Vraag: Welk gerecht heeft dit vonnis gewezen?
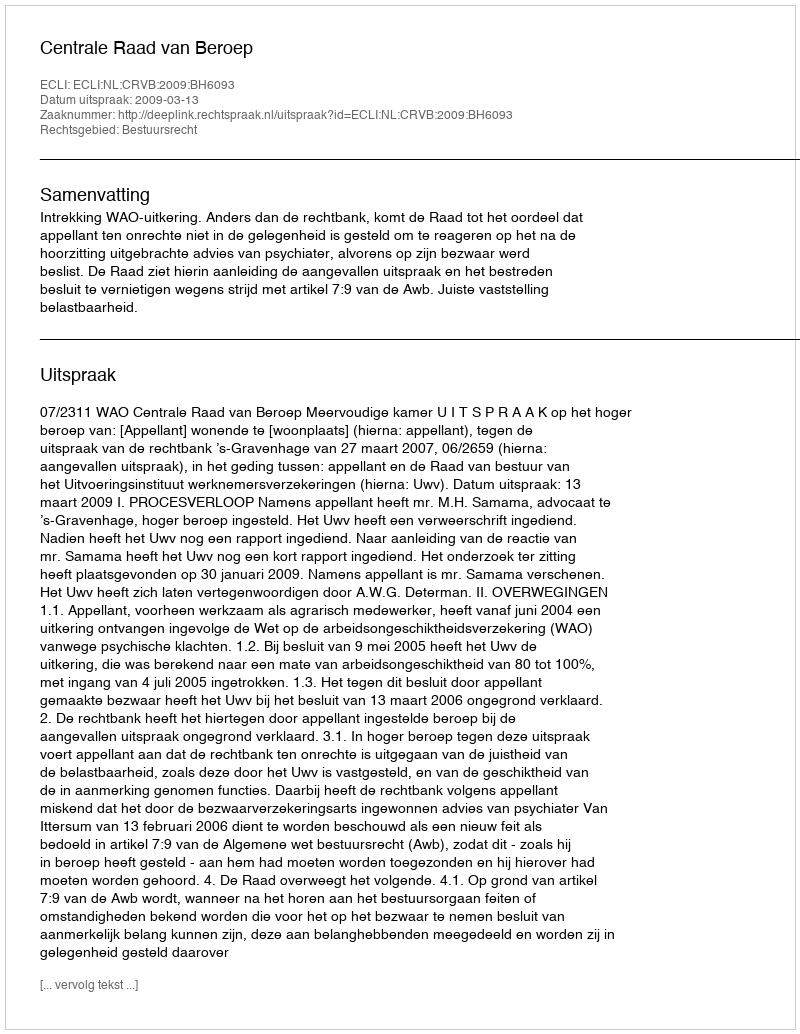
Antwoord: Centrale Raad van Beroep